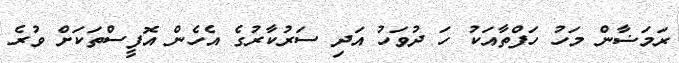
ރަމަޟާން މަހު ހަފްތާއަކު ހަ ދުވަހު އަދި ސަރުކާރުގެ އެހެން އޮފީސްތަކަށް ވުރެ